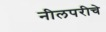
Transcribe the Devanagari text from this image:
नीलपरीचे